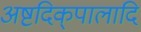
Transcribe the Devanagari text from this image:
अष्टदिक्‌पालादि